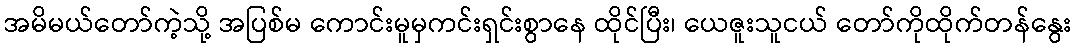
အမိမယ်တော်ကဲ့သို့ အပြစ်မ ကောင်းမူမှကင်းရှင်းစွာနေ ထိုင်ပြီး၊ ယေဇူးသူငယ် တော်ကိုထိုက်တန်နွေး